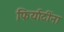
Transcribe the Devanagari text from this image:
फिर्यादींना